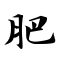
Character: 肥